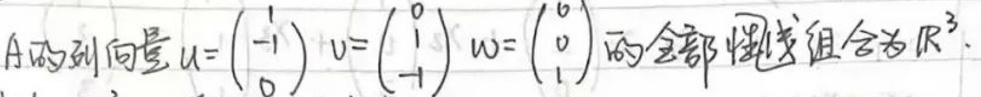
A的列向量$u=\begin{pmatrix} -1\\ 0\end{pmatrix},v=\begin{pmatrix} 0\\ -1\end{pmatrix},w=\begin{pmatrix} 0\\ 1\end{pmatrix} $的全部线性组合为$\mathbb{R}^3.$